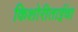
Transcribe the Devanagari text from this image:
किशोरीताईंचा